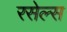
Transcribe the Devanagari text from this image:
रसेल्स